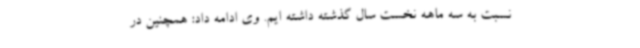
نسبت به سه ماهه نخست سال گذشته داشته ایم. وی ادامه داد: همچنین در